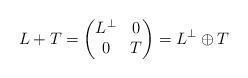
LaTeX: \begin{align*}L + T = \begin{pmatrix} L^\perp & 0 \\ 0 & T \end{pmatrix}= L^\perp \oplus T \end{align*}